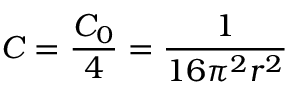
C = \frac { C _ { 0 } } { 4 } = \frac { 1 } { 1 6 \pi ^ { 2 } r ^ { 2 } }